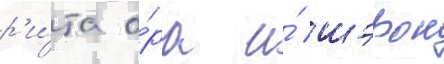
р'и́та о́ра и́ шэрон